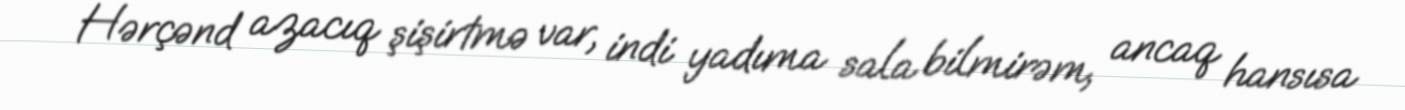
Hərçənd azacıq şişirtmə var, indi yadıma sala bilmirəm, ancaq hansısa